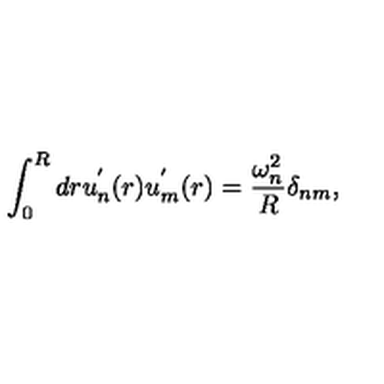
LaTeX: \int _ { 0 } ^ { R } d r u _ { n } ^ { ' } ( r ) u _ { m } ^ { ' } ( r ) = \frac { \omega _ { n } ^ { 2 } } { R } \delta _ { n m } { , }